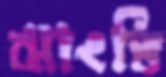
ঝাংভি